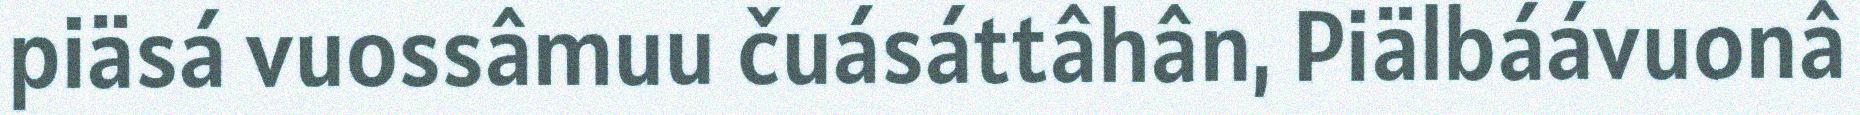
piäsá vuossâmuu čuásáttâhân, Piälbáávuonâ